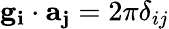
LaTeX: \mathbf{g_{i}}\cdot\mathbf{a_{j}}=2\pi\delta_{ij}